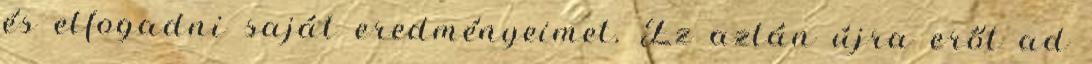
és elfogadni saját eredményeimet. Ez aztán újra erőt ad